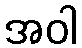
အဝါ